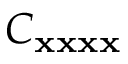
C _ { { \bf x } { \bf x } { \bf x } { \bf x } }